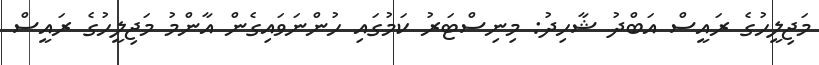
މަޖިލީހުގެ ރައީސް އަބްދު ޝާހިދު: މިނިސްޓަރު ކަމުގައި ހުންނަވައިގެން އާންމު މަޖިލީހުގެ ރައީސް